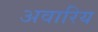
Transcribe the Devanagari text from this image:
अवारिय